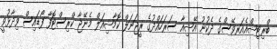
ބްރިޓިޝްއެއަރވޭސްގެ ދެކުނު އޭޝިއާ ސަރަހައްދުގެ ރީޖަނަލް ކޮމާޝިއަލް މެނޭޖާ ކްރިސްޓޮފާ ފޯޑައިސް ވިދާޅުވީ